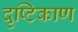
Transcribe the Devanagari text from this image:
दृष्टिकाण